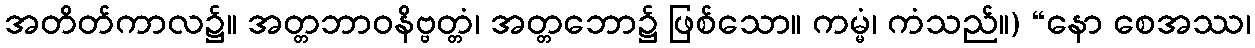
အတိတ်ကာလ၌။ အတ္တဘာဝနိဗ္ဗတ္တံ၊ အတ္တဘော၌ ဖြစ်သော။ ကမ္မံ၊ ကံသည်။) “နော စေအဿ၊